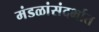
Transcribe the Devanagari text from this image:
मंडळांसंदर्भात